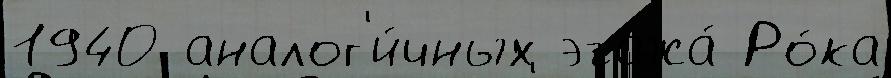
1940 аналог'и́чных этажа́ Ро́ка